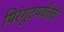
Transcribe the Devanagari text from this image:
पिरंगुटपर्यंतचे